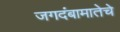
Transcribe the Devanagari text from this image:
जगदंबामातेचे